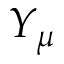
Y _ { \mu }